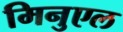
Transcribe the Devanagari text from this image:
मिनुएल